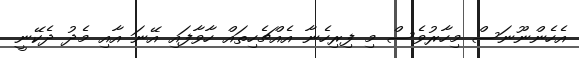
އެހެންނޫނަސް މިހާރުވެސް މި ފިރިހެނާ އެއްޗެހިތައް ހާވާފައި އޭނަ އާއި މެދު ދެކޭނީ